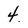
Character: 4